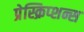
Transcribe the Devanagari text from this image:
प्रेस्क्रिप्शन्स